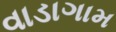
વાડાગામ